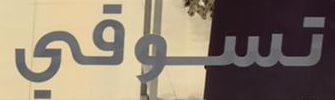
تسوقي